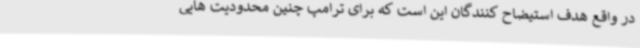
در واقع هدف استیضاح کنندگان این است که برای ترامپ چنین محدودیت هایی